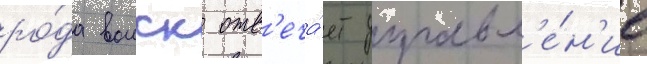
ро́да воиск отв'еча́ет управл'е́н'ие